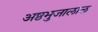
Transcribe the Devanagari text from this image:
अष्ठभुजालाल